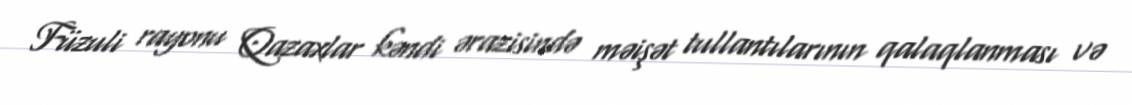
Füzuli rayonu Qazaxlar kəndi ərazisində məişət tullantılarının qalaqlanması və